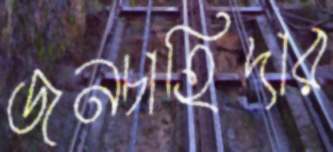
জনচাহিদার